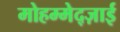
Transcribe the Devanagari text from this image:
मोहम्मेद्ज़ाई